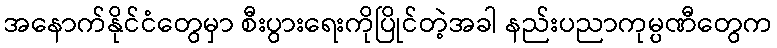
အနောက်နိုင်ငံတွေမှာ စီးပွားရေးကိုပြိုင်တဲ့အခါ နည်းပညာကုမ္ပဏီတွေက